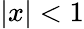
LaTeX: |x|<1